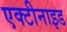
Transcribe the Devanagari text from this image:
एक्टीनाइड